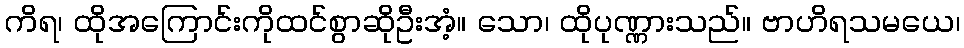
ကိရ၊ ထိုအကြောင်းကိုထင်စွာဆိုဦးအံ့။ သော၊ ထိုပုဏ္ဏားသည်။ ဗာဟိရသမယေ၊